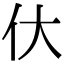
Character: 㐲